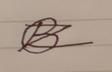
Signature authenticity: forged